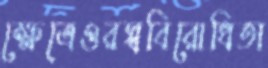
ক্ষেত্রেওরস্ববিরোধিতা